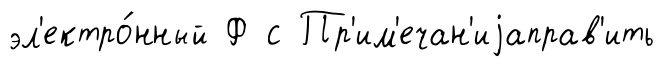
эл'ектро́нный Ф с Пр'им'ечан'иjаправ'ить